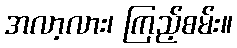
အလာ့လား၊ ကြည့်စမ်း။